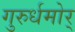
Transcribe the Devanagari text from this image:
गुरुर्धमोर्